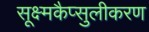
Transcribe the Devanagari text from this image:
सूक्ष्मकैप्सुलीकरण